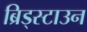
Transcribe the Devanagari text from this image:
ब्रिड्स्टाउन